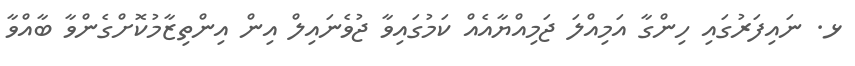
ޅ. ނައިފަރުގައި ހިންގާ އަމިއްލަ ޖަމިއްޔާއެއް ކަމުގައިވާ ޖުވެނައިލް އިން އިންތިޒާމުކޮށްގެންވާ ބާއްވާ